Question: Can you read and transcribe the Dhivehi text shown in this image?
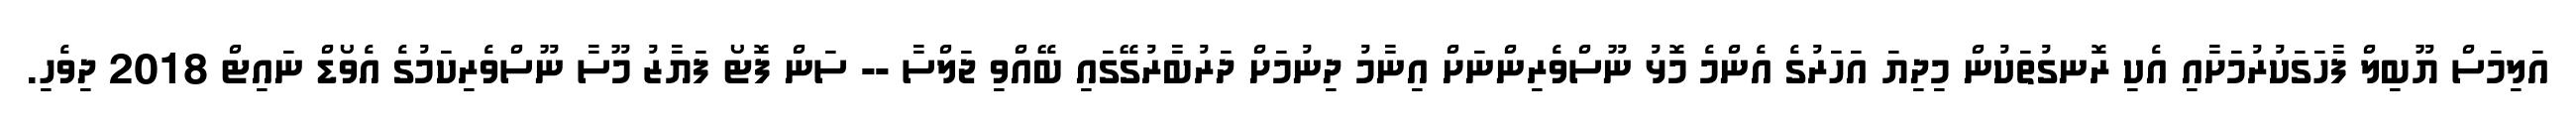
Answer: އަލިމަސް ޔޫބިލް ފާހަގަކުރުމަށާއި އެކި ރޮނގުތަކުން މިދިޔަ އަހަރުގެ އެންމެ މޮޅު ނޫސްވެރިންނަށް އިނާމު ދިނުމަށް ދަރުބާރުގޭގައި ބޭއްވި ޖަލްސާ -- ސަން ފޮޓޯ ފަޔާޒު މޫސާ ނޫސްވެރިކަމުގެ އެވޯޑް ނައިޓް 2018 ދިވެހި.